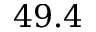
4 9 . 4